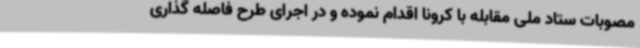
مصوبات ستاد ملی مقابله با کرونا اقدام نموده و در اجرای طرح فاصله گذاری